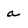
Character: a